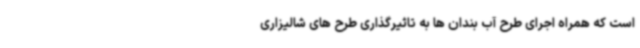
است که همراه اجرای طرح آب بندان ها به تاثیرگذاری طرح های شالیزاری